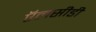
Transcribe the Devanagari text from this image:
ऍलसीडी